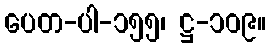
ပေတ-ပါ-၁၅၅၊ ဋ္ဌ-၁၀၉။